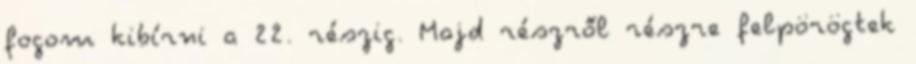
fogom kibírni a 22. részig. Majd részről részre felpörögtek